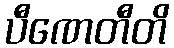
ပီဏေတီတိ